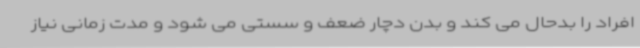
افراد را بدحال می کند و بدن دچار ضعف و سستی می شود و مدت زمانی نیاز